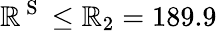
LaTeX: \mathbb{R}^{\mathrm{{~S~}}}\leq\mathbb{R}_{2}=189.9